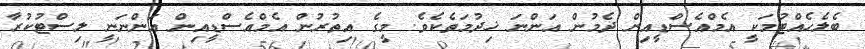
ބެލެހެއްޓުމަކީ އެމްއެސްޑީއިން ދެމުން އަންނަ ޚިދުމަތެކެވެ. މީގެ އިތުރުން އެމްއެސްޑީއިން އަންނަނީ ލިސްޓުކުރާ